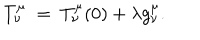
T _ { \nu } ^ { \mu } ~ = ~ T _ { \nu } ^ { \mu } ( 0 ) + \lambda g _ { \nu } ^ { \mu } .